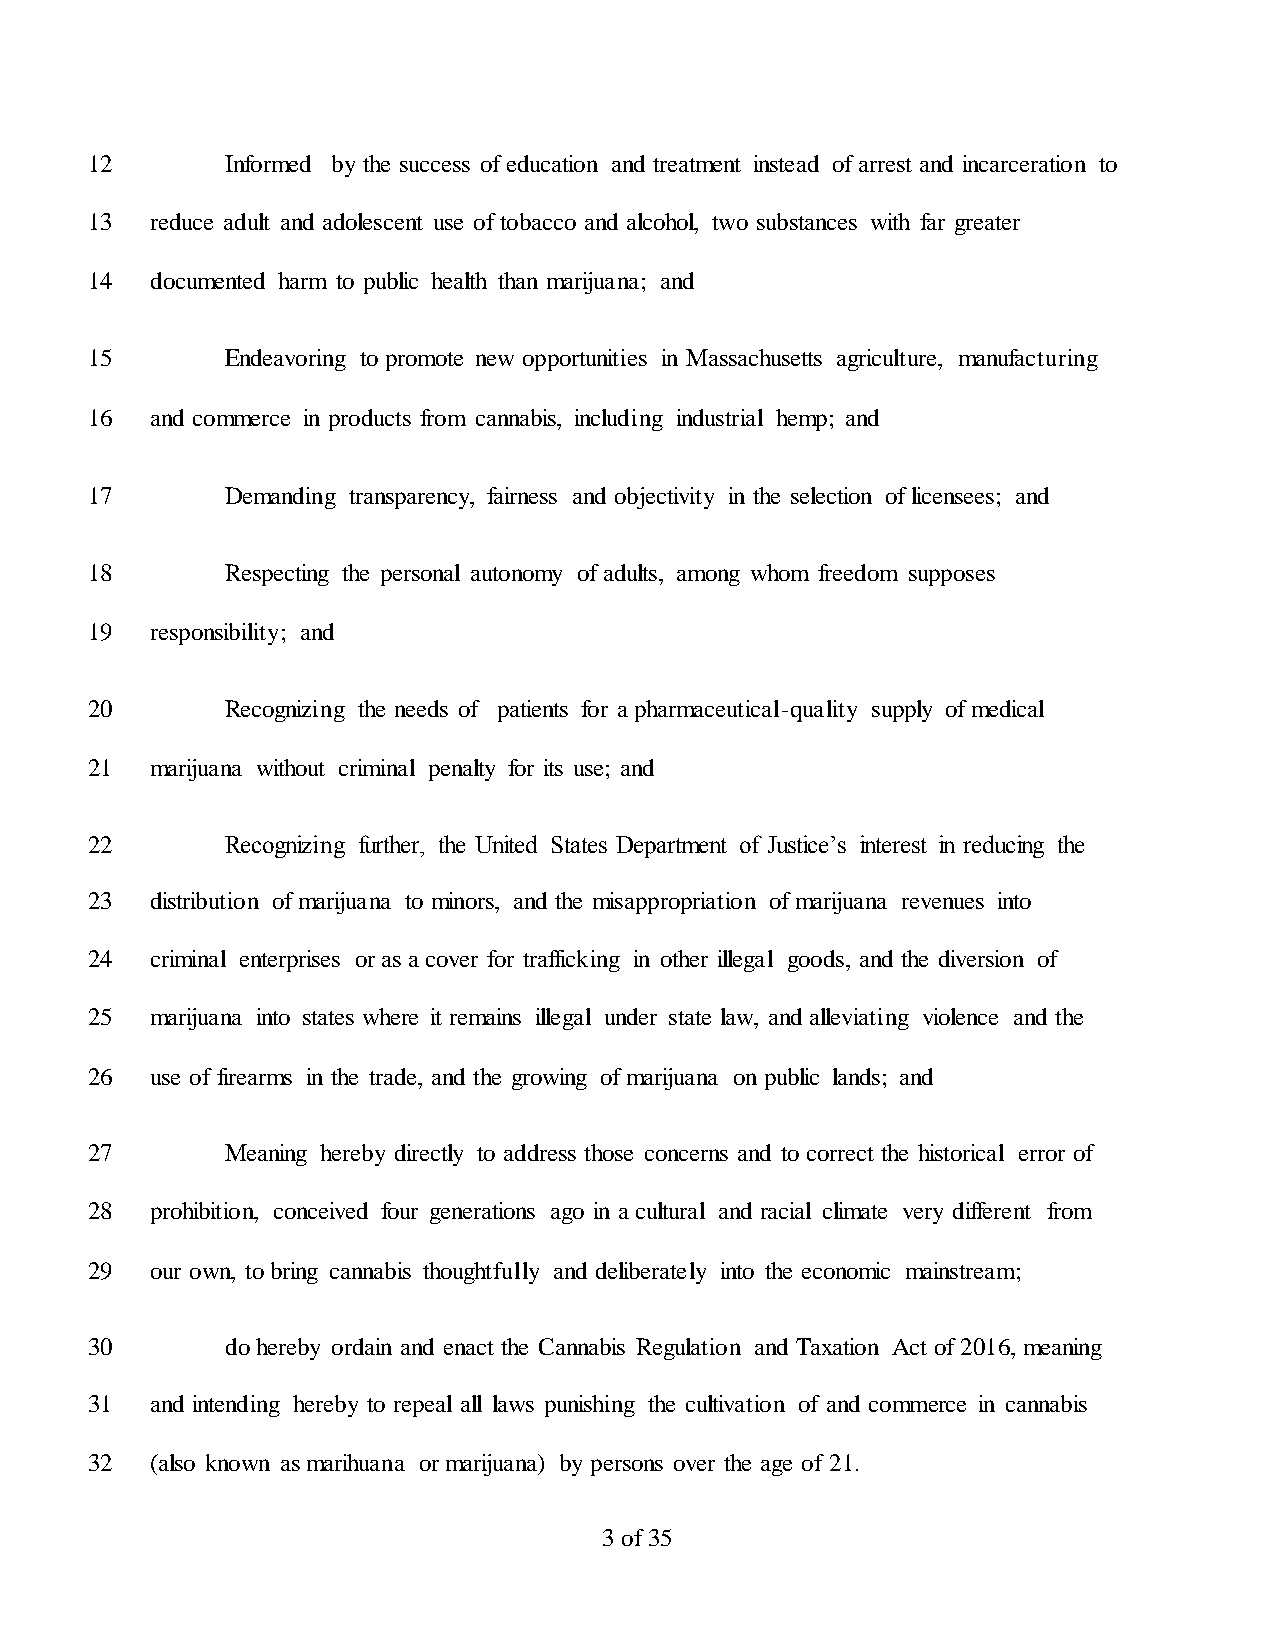
12       Informed by the success of education and treatment instead of arrest and incarceration to
 13  reduce adult and adolescent use of tobacco and alcohol, two substances with far greater
 14  documented harm to public health than marijuana; and
 15       Endeavoring to promote new opportunities in Massachusetts agriculture, manufacturing
 16  and commerce in products from cannabis, including industrial hemp; and
 17       Demanding transparency, fairness and objectivity in the selection of licensees; and
 18       Respecting the personal autonomy of adults, among whom freedom supposes
 19  responsibility; and
 20       Recognizing the needs of patients for a pharmaceutical-quality supply of medical
 21  marijuana without criminal penalty for its use; and
 22       Recognizing further, the United States Department of Justice’s interest in reducing the
 23  distribution of marijuana to minors, and the misappropriation of marijuana revenues into
 24  criminal enterprises or as a cover for trafficking in other illegal goods, and the diversion of
 25  marijuana into states where it remains illegal under state law, and alleviating violence and the
 26  use of firearms in the trade, and the growing of marijuana on public lands; and
 27       Meaning hereby directly to address those concerns and to correct the historical error of
 28  prohibition, conceived four generations ago in a cultural and racial climate very different from
 29  our own, to bring cannabis thoughtfully and deliberately into the economic mainstream;
 30       do hereby ordain and enact the Cannabis Regulation and Taxation Act of 2016, meaning
 31  and intending hereby to repeal all laws punishing the cultivation of and commerce in cannabis
 32  (also known as marihuana or marijuana) by persons over the age of 21.
 3 of 35